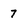
Character: 7